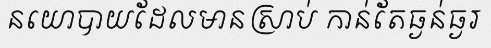
នយោបាយដែលមានស្រាប់ កាន់តែធ្ងន់ធ្ងរ